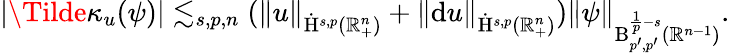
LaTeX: \begin{array}{r}{\lvert\Tilde{\kappa}_{u}(\psi)\rvert\lesssim_{s,p,n}(\lVert u\rVert_{\dot{\mathrm{H}}^{s,p}(\mathbb{R}_{+}^{n})}+\lVert\mathrm{d}u\rVert_{\dot{\mathrm{H}}^{s,p}(\mathbb{R}_{+}^{n})})\lVert\psi\rVert_{{\mathrm{B}}_{p^{\prime},p^{\prime}}^{\frac{1}{p}-s}(\mathbb{R}^{n-1})}\mathrm{.~}}\end{array}